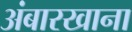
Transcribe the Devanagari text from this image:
अंबारखाना